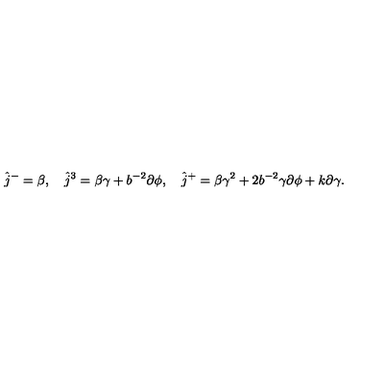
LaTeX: \hat { j } ^ { - } = \beta , \quad \hat { j } ^ { 3 } = \beta \gamma + b ^ { - 2 } \partial \phi , \quad \hat { j } ^ { + } = \beta \gamma ^ { 2 } + 2 b ^ { - 2 } \gamma \partial \phi + k \partial \gamma .